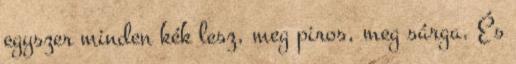
egyszer minden kék lesz, meg piros, meg sárga. És